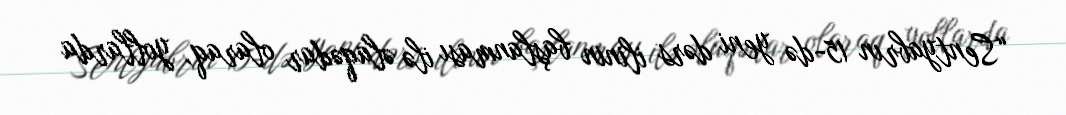
“Sentyabrın 15-də yeni dərs ilinin başlanması ilə əlaqədar olaraq, yollarda